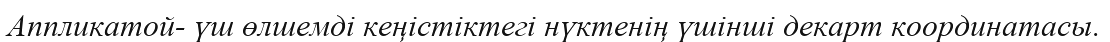
Аппликатой- үш өлшемді кеңістіктегі нүктенің үшінші декарт координатасы.